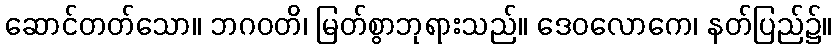
ဆောင်တတ်သော။ ဘဂဝတိ၊ မြတ်စွာဘုရားသည်။ ဒေဝလောကေ၊ နတ်ပြည်၌။